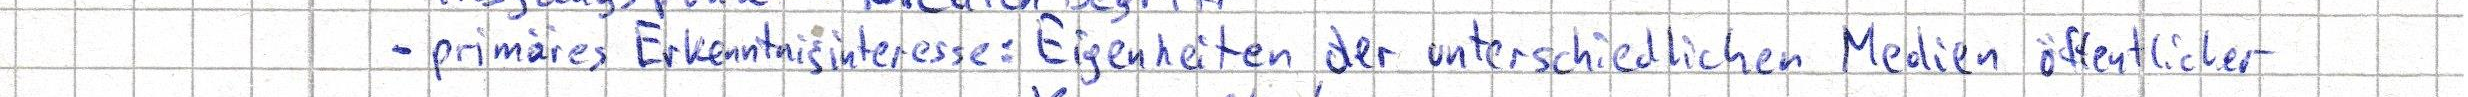
- primäres Erkenntnisinteresse: Eigenheiten der unterschiedlichen Medien öffentlicher